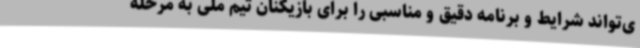
ی‌تواند شرایط و برنامه دقیق و مناسبی را برای بازیکنان تیم ملی به مرحله